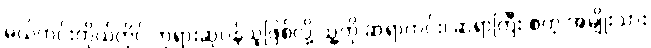
မယ်ကင်းကိုယ်တိုင် ဘုရားဆုပန်သူဖြစ်လို့ သူ့ကို ဆရာကင်း၊ ဆရာကြီး စတဲ့ အမျိုးသား